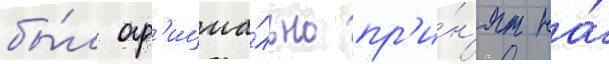
бы́л оф'ициа́льно пр'и́н'ят на́